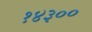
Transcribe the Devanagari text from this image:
१४३००